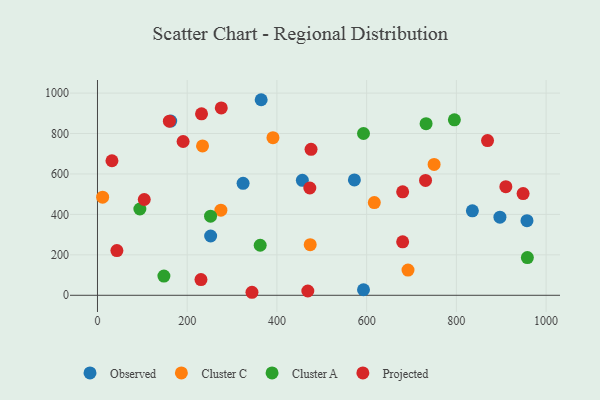
{"axis": {"x": "Distance", "y": "Fuel Efficiency"}, "legend": ["Cluster A", "Cluster C", "Observed", "Projected"], "data": [{"x": "957.4", "y": 369.2, "type": "Observed"}, {"x": "364.9", "y": 967.2, "type": "Observed"}, {"x": "572.7", "y": 570.4, "type": "Observed"}, {"x": "456.7", "y": 568.8, "type": "Observed"}, {"x": "897.1", "y": 386.3, "type": "Observed"}, {"x": "593.0", "y": 27.5, "type": "Observed"}, {"x": "163.3", "y": 861.8, "type": "Observed"}, {"x": "252.3", "y": 293.2, "type": "Observed"}, {"x": "324.6", "y": 553.5, "type": "Observed"}, {"x": "835.7", "y": 417.6, "type": "Observed"}, {"x": "275.1", "y": 421.0, "type": "Cluster C"}, {"x": "391.2", "y": 779.5, "type": "Cluster C"}, {"x": "11.5", "y": 485.0, "type": "Cluster C"}, {"x": "692.2", "y": 124.6, "type": "Cluster C"}, {"x": "234.2", "y": 738.6, "type": "Cluster C"}, {"x": "750.4", "y": 647.4, "type": "Cluster C"}, {"x": "474.2", "y": 250.1, "type": "Cluster C"}, {"x": "617.1", "y": 458.6, "type": "Cluster C"}, {"x": "795.6", "y": 867.9, "type": "Cluster A"}, {"x": "148.1", "y": 94.8, "type": "Cluster A"}, {"x": "732.5", "y": 848.7, "type": "Cluster A"}, {"x": "362.7", "y": 247.4, "type": "Cluster A"}, {"x": "958.3", "y": 186.7, "type": "Cluster A"}, {"x": "94.5", "y": 426.8, "type": "Cluster A"}, {"x": "252.1", "y": 391.5, "type": "Cluster A"}, {"x": "593.0", "y": 800.1, "type": "Cluster A"}, {"x": "468.9", "y": 21.3, "type": "Projected"}, {"x": "276.0", "y": 926.4, "type": "Projected"}, {"x": "160.3", "y": 861.3, "type": "Projected"}, {"x": "230.7", "y": 77.5, "type": "Projected"}, {"x": "190.9", "y": 760.6, "type": "Projected"}, {"x": "731.3", "y": 568.0, "type": "Projected"}, {"x": "344.4", "y": 14.9, "type": "Projected"}, {"x": "948.8", "y": 503.0, "type": "Projected"}, {"x": "680.3", "y": 264.2, "type": "Projected"}, {"x": "232.0", "y": 897.6, "type": "Projected"}, {"x": "473.3", "y": 530.5, "type": "Projected"}, {"x": "104.3", "y": 473.8, "type": "Projected"}, {"x": "869.5", "y": 765.2, "type": "Projected"}, {"x": "32.3", "y": 665.3, "type": "Projected"}, {"x": "476.1", "y": 721.9, "type": "Projected"}, {"x": "910.3", "y": 537.2, "type": "Projected"}, {"x": "43.3", "y": 221.1, "type": "Projected"}, {"x": "680.3", "y": 511.7, "type": "Projected"}]}